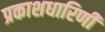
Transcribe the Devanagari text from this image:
प्रकाशधारिणी